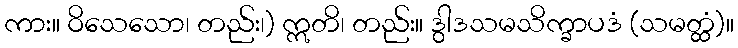
ကား။ ဝိသေသော၊ တည်း၊) ဣတိ၊ တည်း။ ဒွါဒသမသိက္ခာပဒံ (သမတ္ထံ)။